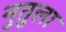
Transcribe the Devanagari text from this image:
नुतुला